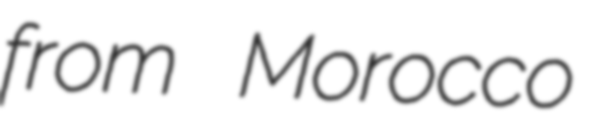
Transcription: from Morocco